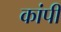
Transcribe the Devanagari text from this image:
कांपी